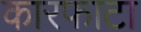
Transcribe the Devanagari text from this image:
कारफाटा